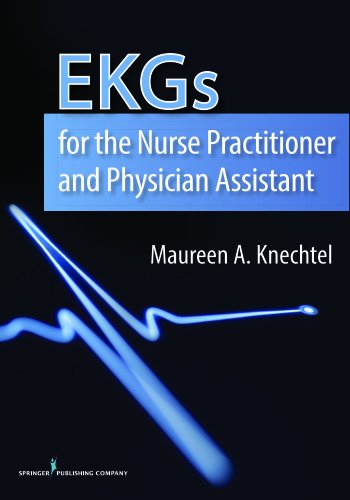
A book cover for EKGs for the Nurse Practitioner and Physician Assistant; Maureen Knechtel MPAS  PA-C; Medical Books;